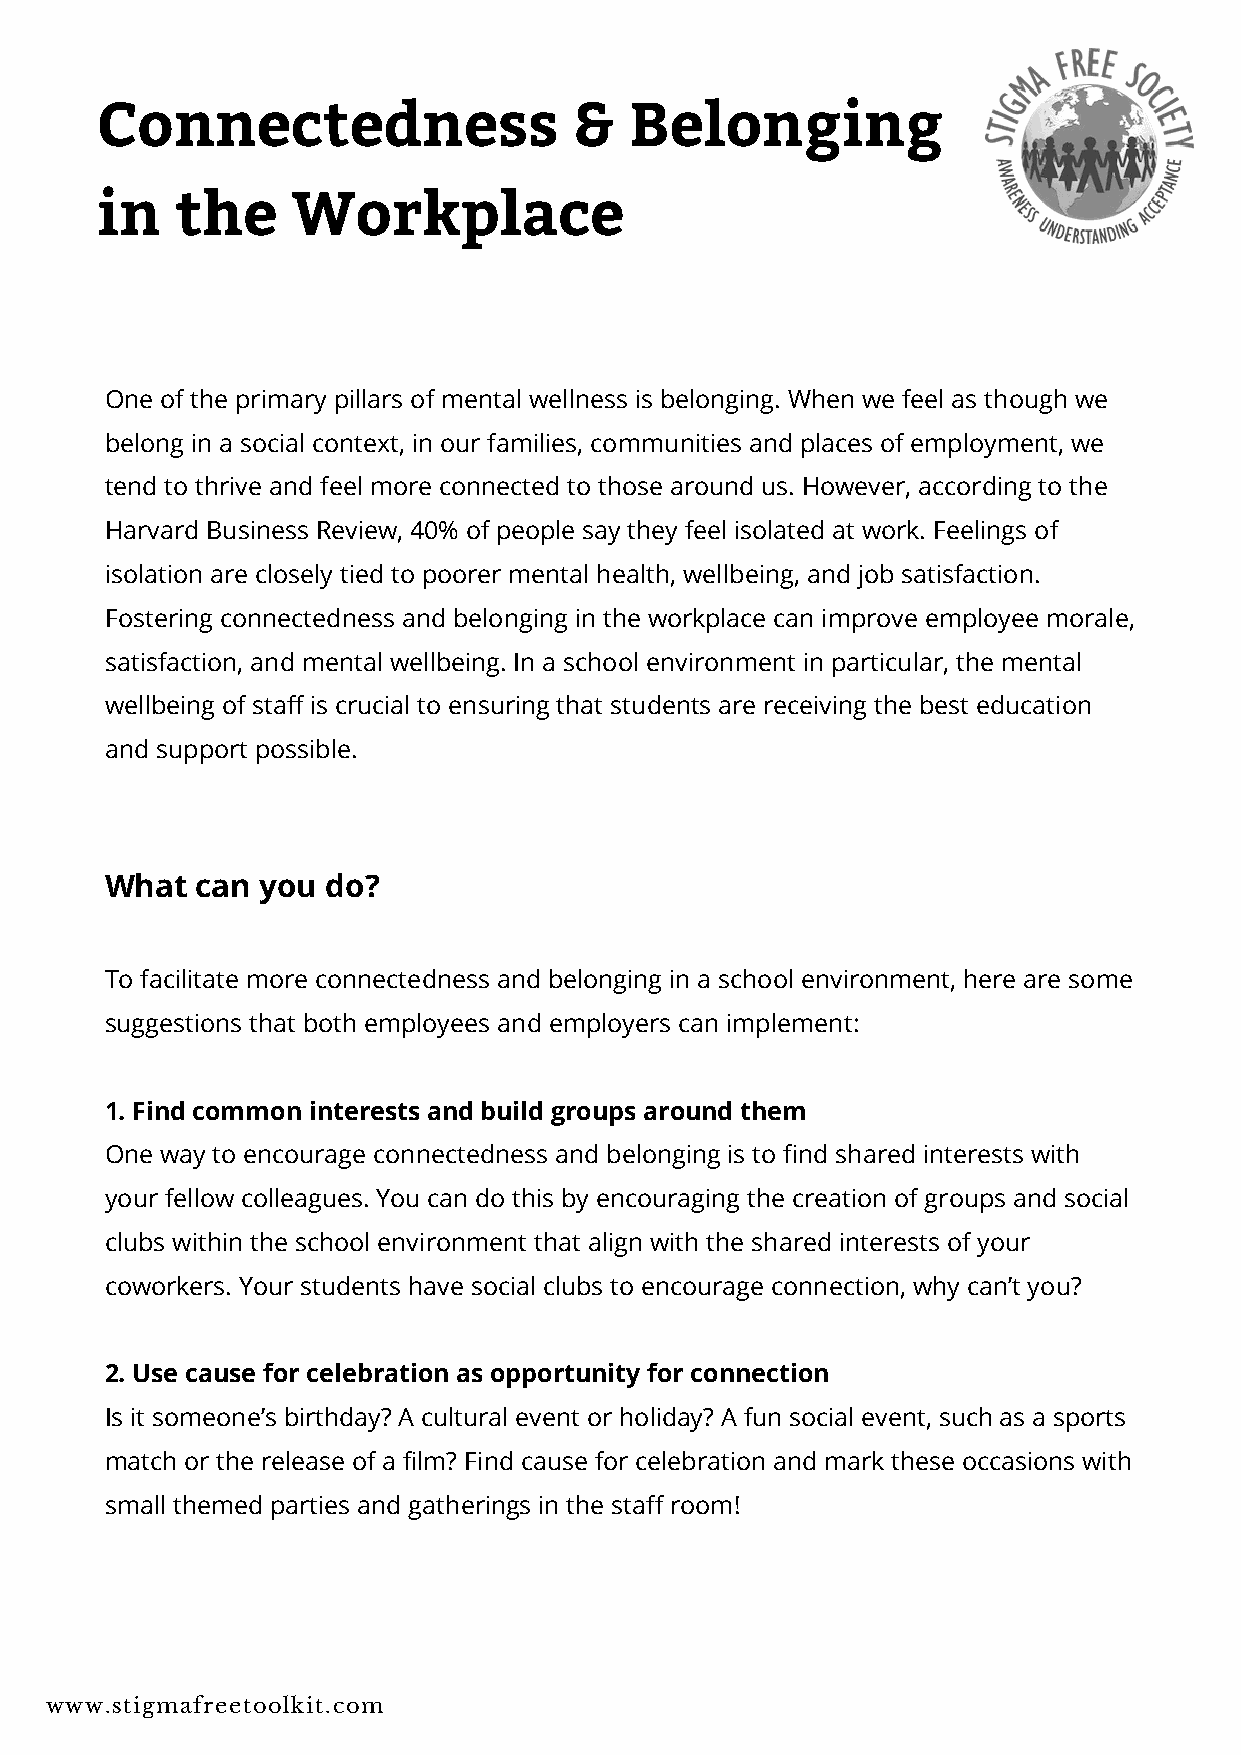
Connectedness                   &   Belonging
 in    the    Workplace
 One of the primary pillars of mental wellness is belonging. When we feel as though we
 belong in a social context, in our families, communities and places of employment, we
 tend to thrive and feel more connected to those around us. However, according to the
 Harvard Business Review, 40% of people say they feel isolated at work. Feelings of
 isolation are closely tied to poorer mental health, wellbeing, and job satisfaction.
 Fostering connectedness and belonging in the workplace can improve employee morale,
 satisfaction, and mental wellbeing. In a school environment in particular, the mental
 wellbeing of staff is crucial to ensuring that students are receiving the best education
 and support possible.
 What  can you  do?
 To facilitate more connectedness and belonging in a school environment, here are some
 suggestions that both employees and employers can implement:
 1. Find common interests and build groups around them
 One way to encourage connectedness and belonging is to find shared interests with
 your fellow colleagues. You can do this by encouraging the creation of groups and social
 clubs within the school environment that align with the shared interests of your
 coworkers. Your students have social clubs to encourage connection, why can’t you?
 2. Use cause for celebration as opportunity for connection
 Is it someone’s birthday? A cultural event or holiday? A fun social event, such as a sports
 match or the release of a film? Find cause for celebration and mark these occasions with
 small themed parties and gatherings in the staff room!
 www.stigmafreetoolkit.com